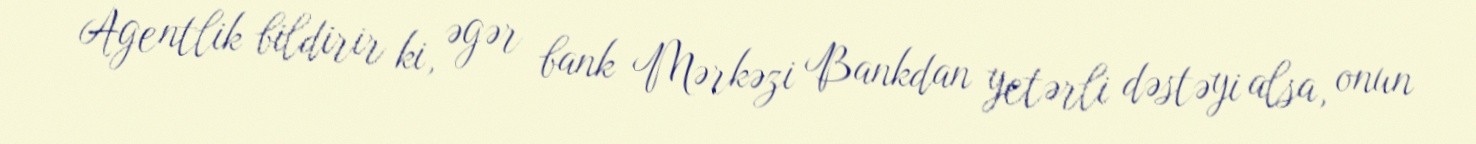
Agentlik bildirir ki, əgər bank Mərkəzi Bankdan yetərli dəstəyi alsa, onun